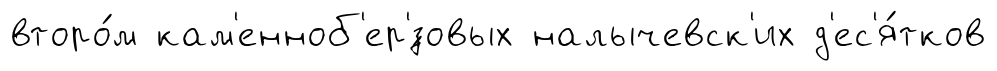
второ́м кам'енноб'ер'́зовых налычевск'их д'ес'я́тков